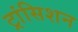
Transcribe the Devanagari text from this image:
ट्रांसिशन